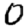
Digit: 0